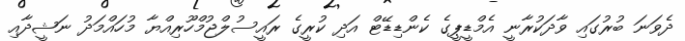
ދެވަނަ ބުރުގައި ވާދަކުރާނީ އެމްޑީޕީގެ ކެންޑިޑޭޓް އަދި ކުރީގެ ރައީސުލްޖުމްހޫރިއްޔާ މުހައްމަދު ނަޝީދާއި